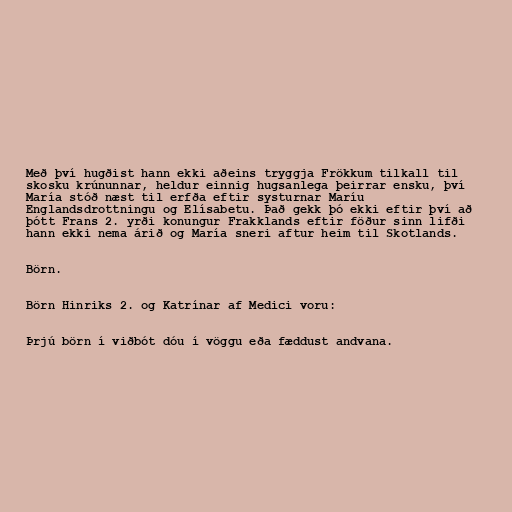
Með því hugðist hann ekki aðeins tryggja Frökkum tilkall til
skosku krúnunnar, heldur einnig hugsanlega þeirrar ensku, því
María stóð næst til erfða eftir systurnar Maríu
Englandsdrottningu og Elísabetu. Það gekk þó ekki eftir því að
þótt Frans 2. yrði konungur Frakklands eftir föður sinn lifði
hann ekki nema árið og María sneri aftur heim til Skotlands.

Börn.

Börn Hinriks 2. og Katrínar af Medici voru:

Þrjú börn í viðbót dóu í vöggu eða fæddust andvana.